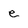
Character: e